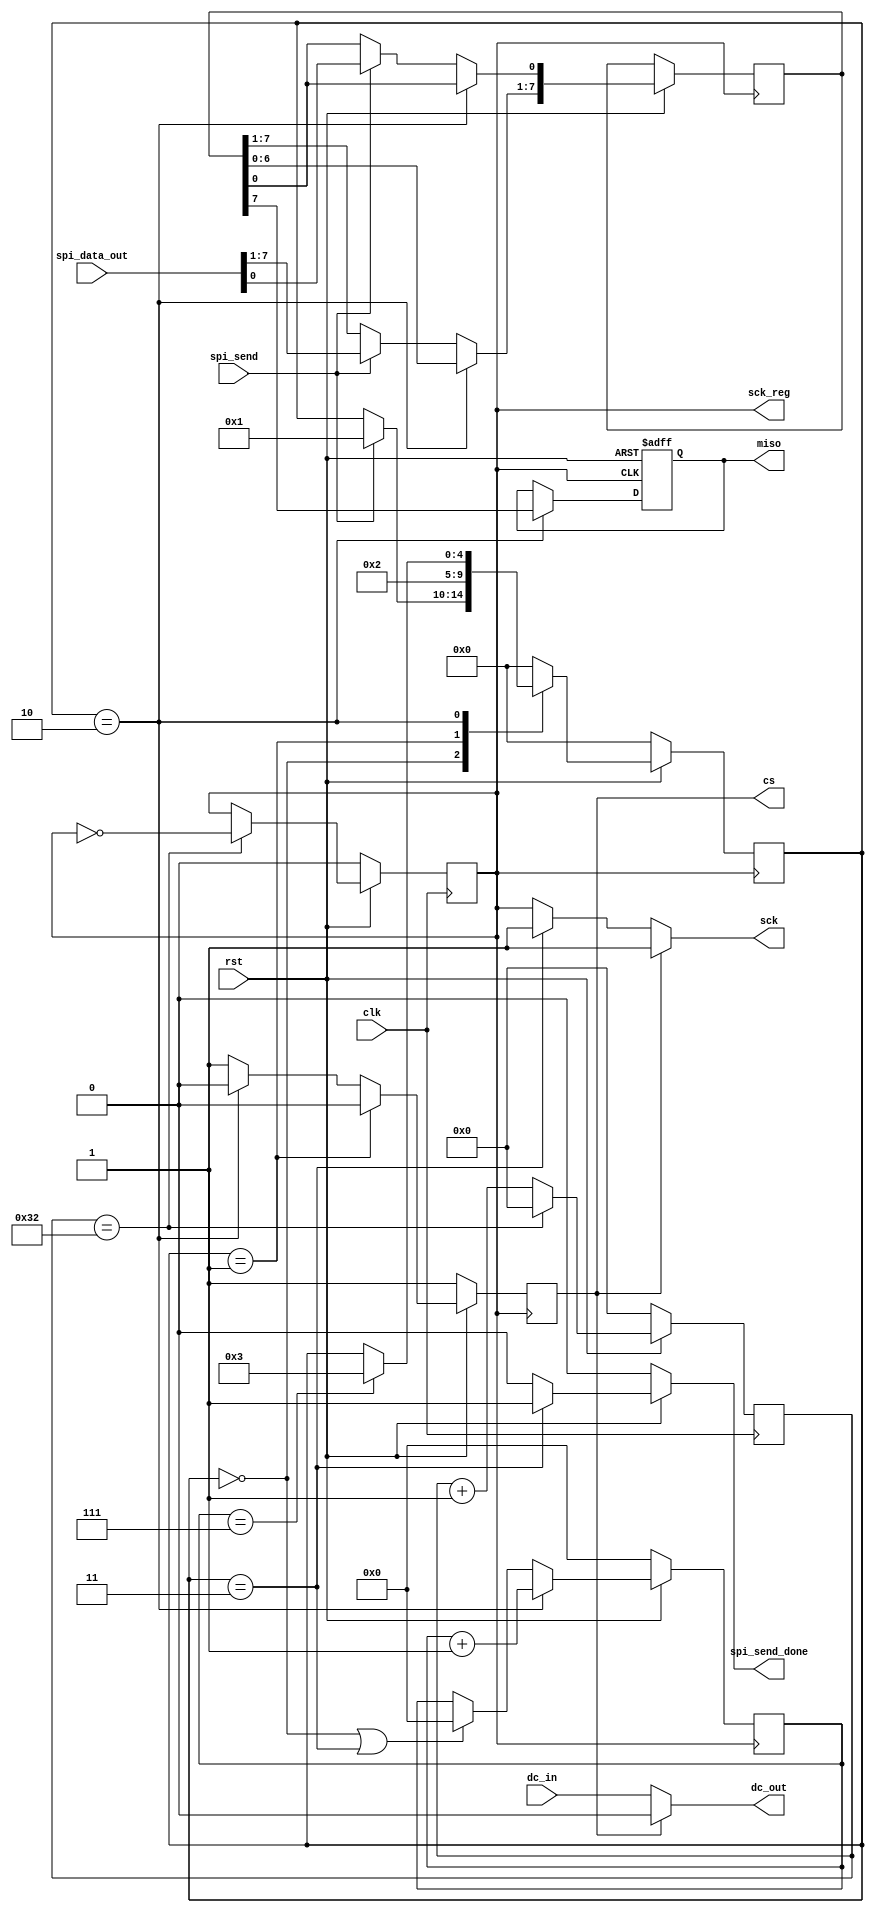
module spi_master
(
	output reg sck,         //1MHz clk
	//input mosi,  // mosi很迷。。没有相关代码。。还需要自己补上 ？？？
	output reg miso,  
	output reg cs,

	input rst,
	
	input spi_send,
	input[7:0] spi_data_out,
	output reg spi_send_done,
	input clk,
	
	input dc_in,
	output dc_out,
	output reg sck_reg
);

   // cs低时 dc_out为dc_in，平常为0
   assign dc_out= (!cs)?dc_in:0; 

   // 初始化
    initial begin sck=0;miso=0;cs=0;sck_reg=0;count=0;cur_st=0;nxt_st=0;reg_data=0;delay_count=0;end

   // DATA需要的count
   reg [3:0]count;

   //状态定义
   localparam IDLE=0,
   	      CS_L=1,
   	      DATA=2,
   	      FINISH=3;
   reg [4:0]cur_st,nxt_st;

   // 当spi_send为高时，载入spi_data_out
   reg [7:0] reg_data;
   //reg sck_reg;

   // 以下部分，内部分频，输出1MHz的sck_reg
   reg [31:0]delay_count;
   always@(posedge clk)
   if(~rst)
      delay_count<=0;
   else if(delay_count==50)
      delay_count<=0;
   else delay_count<=delay_count+1;
   
   always@(posedge clk)
   if(~rst) // rst始终为1，都不用看了
      sck_reg<=0;
   else if(delay_count==50)
      sck_reg<=!sck_reg;
   
   // sck 平常高电平
	always@(*)
	if(cs) sck=1; 
	else if(cur_st==FINISH) sck=1;
	else if(!cs) sck=sck_reg;
	else sck=1;
   
   // 状态切换
   always@(posedge sck_reg)
   if(~rst)
   	cur_st<=0;
   else cur_st<=nxt_st;
   
   // 状态转换
   always@(*)
   begin
   	nxt_st=cur_st;
   	case(cur_st)
   		IDLE:if(spi_send) nxt_st=CS_L;
   		CS_L:nxt_st=DATA;
   		DATA:if(count==7) nxt_st=FINISH;
   		FINISH:nxt_st=IDLE;
   	  default:nxt_st=IDLE;
   	endcase
   end
   // 状态切换：IDLE -> CS_L -> DATA八次 -> FINISH -> IDLE

   
   // spi_send_done 高有效
   always@(*)
   if(~rst)
      spi_send_done=0;
   else if(cur_st==FINISH)
      spi_send_done=1;
   else spi_send_done=0;

   // cs 低有效那为什么要初始化成0。。反正一个上升沿就1了
   always@(posedge sck_reg)
   	if(~rst) cs<=1;
   	else if(cur_st==CS_L) cs<=0;
   	else if(cur_st==DATA) cs<=0;
   	else cs<=1;
   
   // count DATA状态需要
   always@(posedge sck_reg)
   	if(~rst)
   		count<=0;
   	else if(cur_st==DATA)
   		count<=count+1;
   	else if(cur_st==IDLE | cur_st==FINISH)
   		count<=0;
   
   // spi_send spi_data_out载入 轮流miso输出
   always@(negedge sck_reg or negedge rst)
   	if(~rst)
   		miso<=0;	
   	else if(cur_st==DATA) 
   	begin
   		reg_data[7:1]<=reg_data[6:0];
   		miso<=reg_data[7];
      end
      else if(spi_send) // init阶段，不是DATA阶段就一直是这里
         reg_data<=spi_data_out; 
endmodule